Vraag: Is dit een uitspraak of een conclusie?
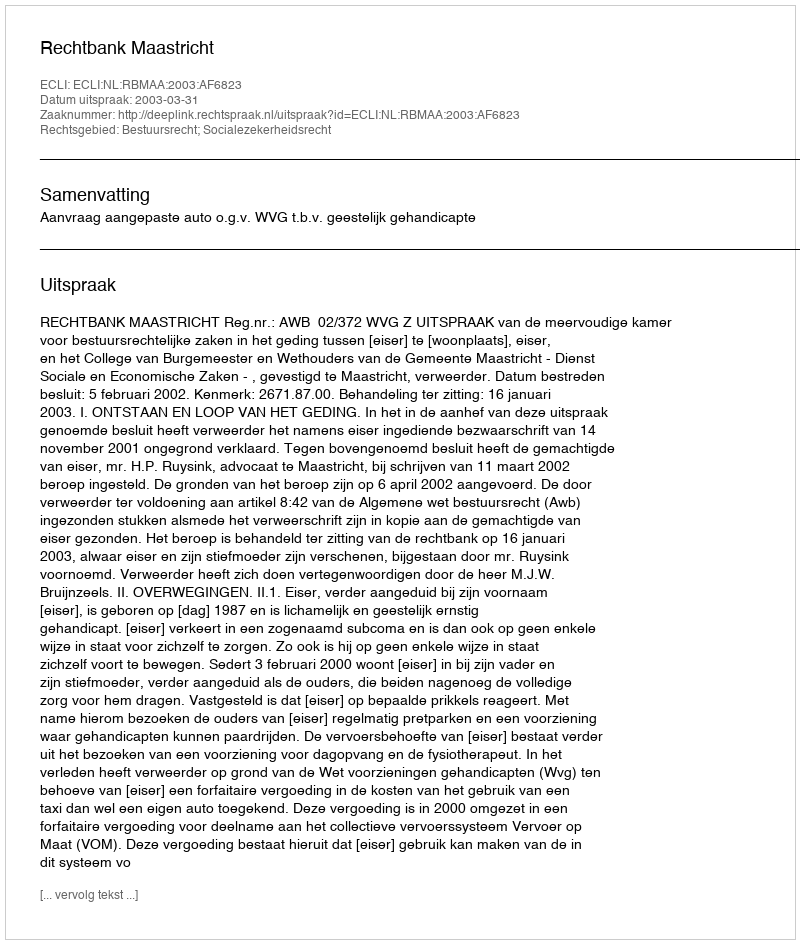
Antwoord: Uitspraak